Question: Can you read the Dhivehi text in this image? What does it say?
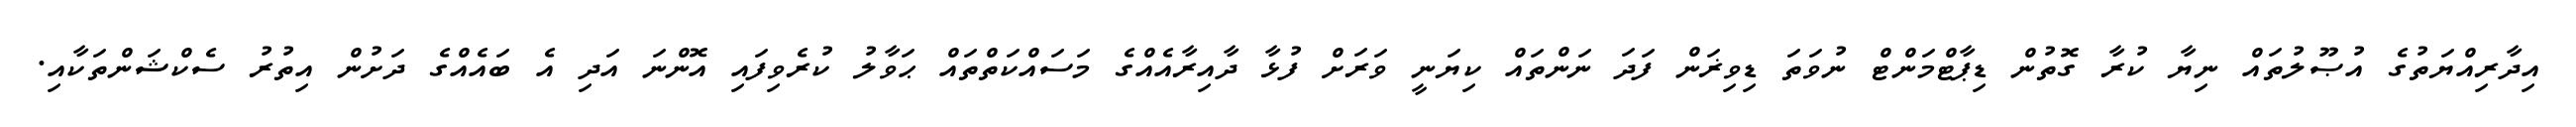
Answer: އިދާރިއްޔަތުގެ އުޞޫލުތައް ނިޔާ ކުރާ ގޮތުން ޑިޕާޓްމަންޓް ނުވަތަ ޑިވިޜަން ފަދަ ނަންތައް ކިޔަނީ ވަރަށް ފުޅާ ދާއިރާއެއްގެ މަސައްކަތްތައް ޙަވާލު ކުރެވިފައި އޮންނަ އަދި އެ ބައެއްގެ ދަށުން އިތުރު ސެކްޝަންތަކާއި.